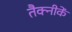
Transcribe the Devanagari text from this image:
तैक्नीकें